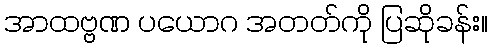
အာထဗ္ဗဏ ပယောဂ အတတ်ကို ပြဆိုခန်း။